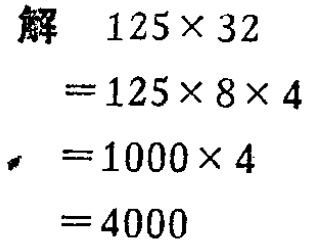
解
\[
\begin{align*}
125\times32&=125\times8\times4\\
&=1000\times4\\
&=4000
\end{align*}
\]